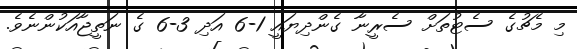
މި މެޗުގެ ސެޓުތަށް ސެރީނާ ގެންދިޔައީ 1-6 އަދި 3-6 ގެ ނަތީޖާއަކުންނެވެ.